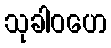
သုခါဝဟေ